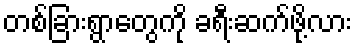
တစ်ခြားရွာတွေကို ခရီးဆက်ဖို့လား